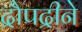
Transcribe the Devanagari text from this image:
द्रौपद्रीने